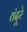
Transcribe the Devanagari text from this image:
तंदूरे